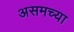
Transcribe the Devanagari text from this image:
असमच्या